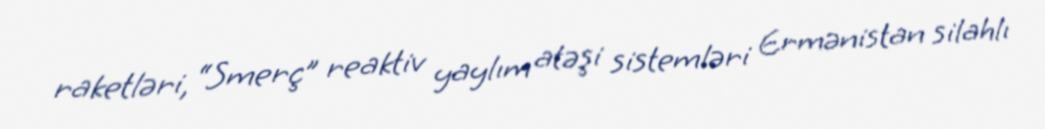
raketləri, “Smerç” reaktiv yaylım atəşi sistemləri Ermənistan silahlı